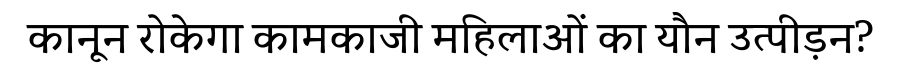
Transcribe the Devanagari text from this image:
कानून रोकेगा कामकाजी महिलाओं का यौन उत्पीड़न?